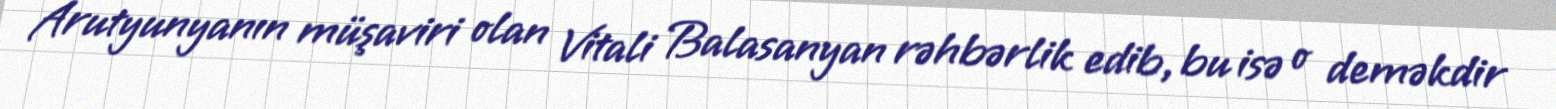
Arutyunyanın müşaviri olan Vitali Balasanyan rəhbərlik edib, bu isə o deməkdir